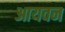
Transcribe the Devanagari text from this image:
आयवन